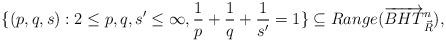
LaTeX: \begin{align*}\lbrace \left(p, q, s \right): 2\leq p, q, s' \leq \infty, \frac{1}{p}+\frac{1}{q}+\frac{1}{s'}=1 \rbrace \subseteq Range(\overrightarrow{BHT}^n_{\vec R}),\end{align*}